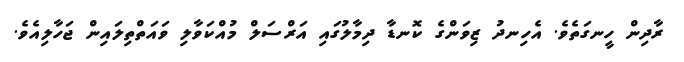
ރާދިން ހީނގަތެވެ. އެހިނދު ޒިވަންގެ ކޮނޑާ ދިމާލުގައި އަރްސަލް މުއްކަވާލި ވައަތްތިލައިން ޖަހާލިއެވެ.